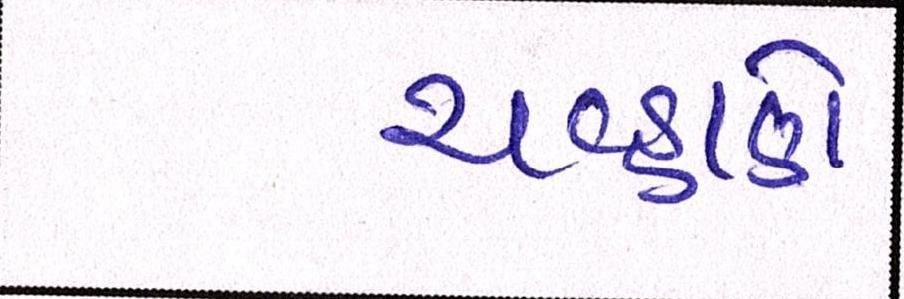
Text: ચવ્હાણે